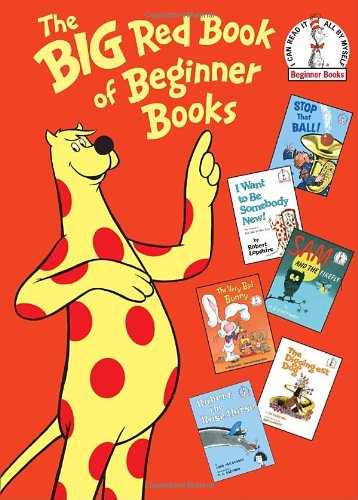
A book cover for The Big Red Book of Beginner Books (Beginner Books(R)); P.D. Eastman; Children's Books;